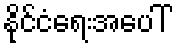
နိုင်ငံရေးအပေါ်